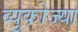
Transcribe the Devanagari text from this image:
व्युकोज्या